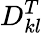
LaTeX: D_{kl}^{T}